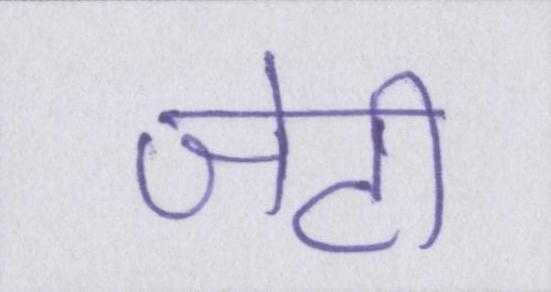
जेटी